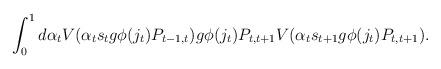
LaTeX: \begin{align*}\int_0^1 d\alpha_t V(\alpha_t s_t g \phi(j_t) P_{t-1, t}) g \phi(j_t) P_{t, t + 1} V(\alpha_t s_{t+1} g \phi(j_t) P_{t, t + 1}).\end{align*}